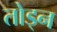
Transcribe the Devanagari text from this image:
तोड्न